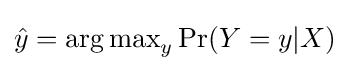
{\hat {y}}=\operatorname {\arg \max } _{y}\Pr(Y=y\vert X)